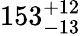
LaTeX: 153_{-13}^{+12}